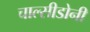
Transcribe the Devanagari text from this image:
चाल्सीडोनी